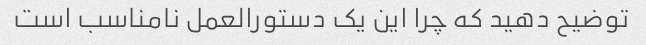
توضیح دهید که چرا این یک دستورالعمل نامناسب است